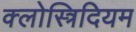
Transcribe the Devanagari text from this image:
क्लोस्त्रिदियम